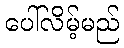
ပေါ်လိမ့်မည်